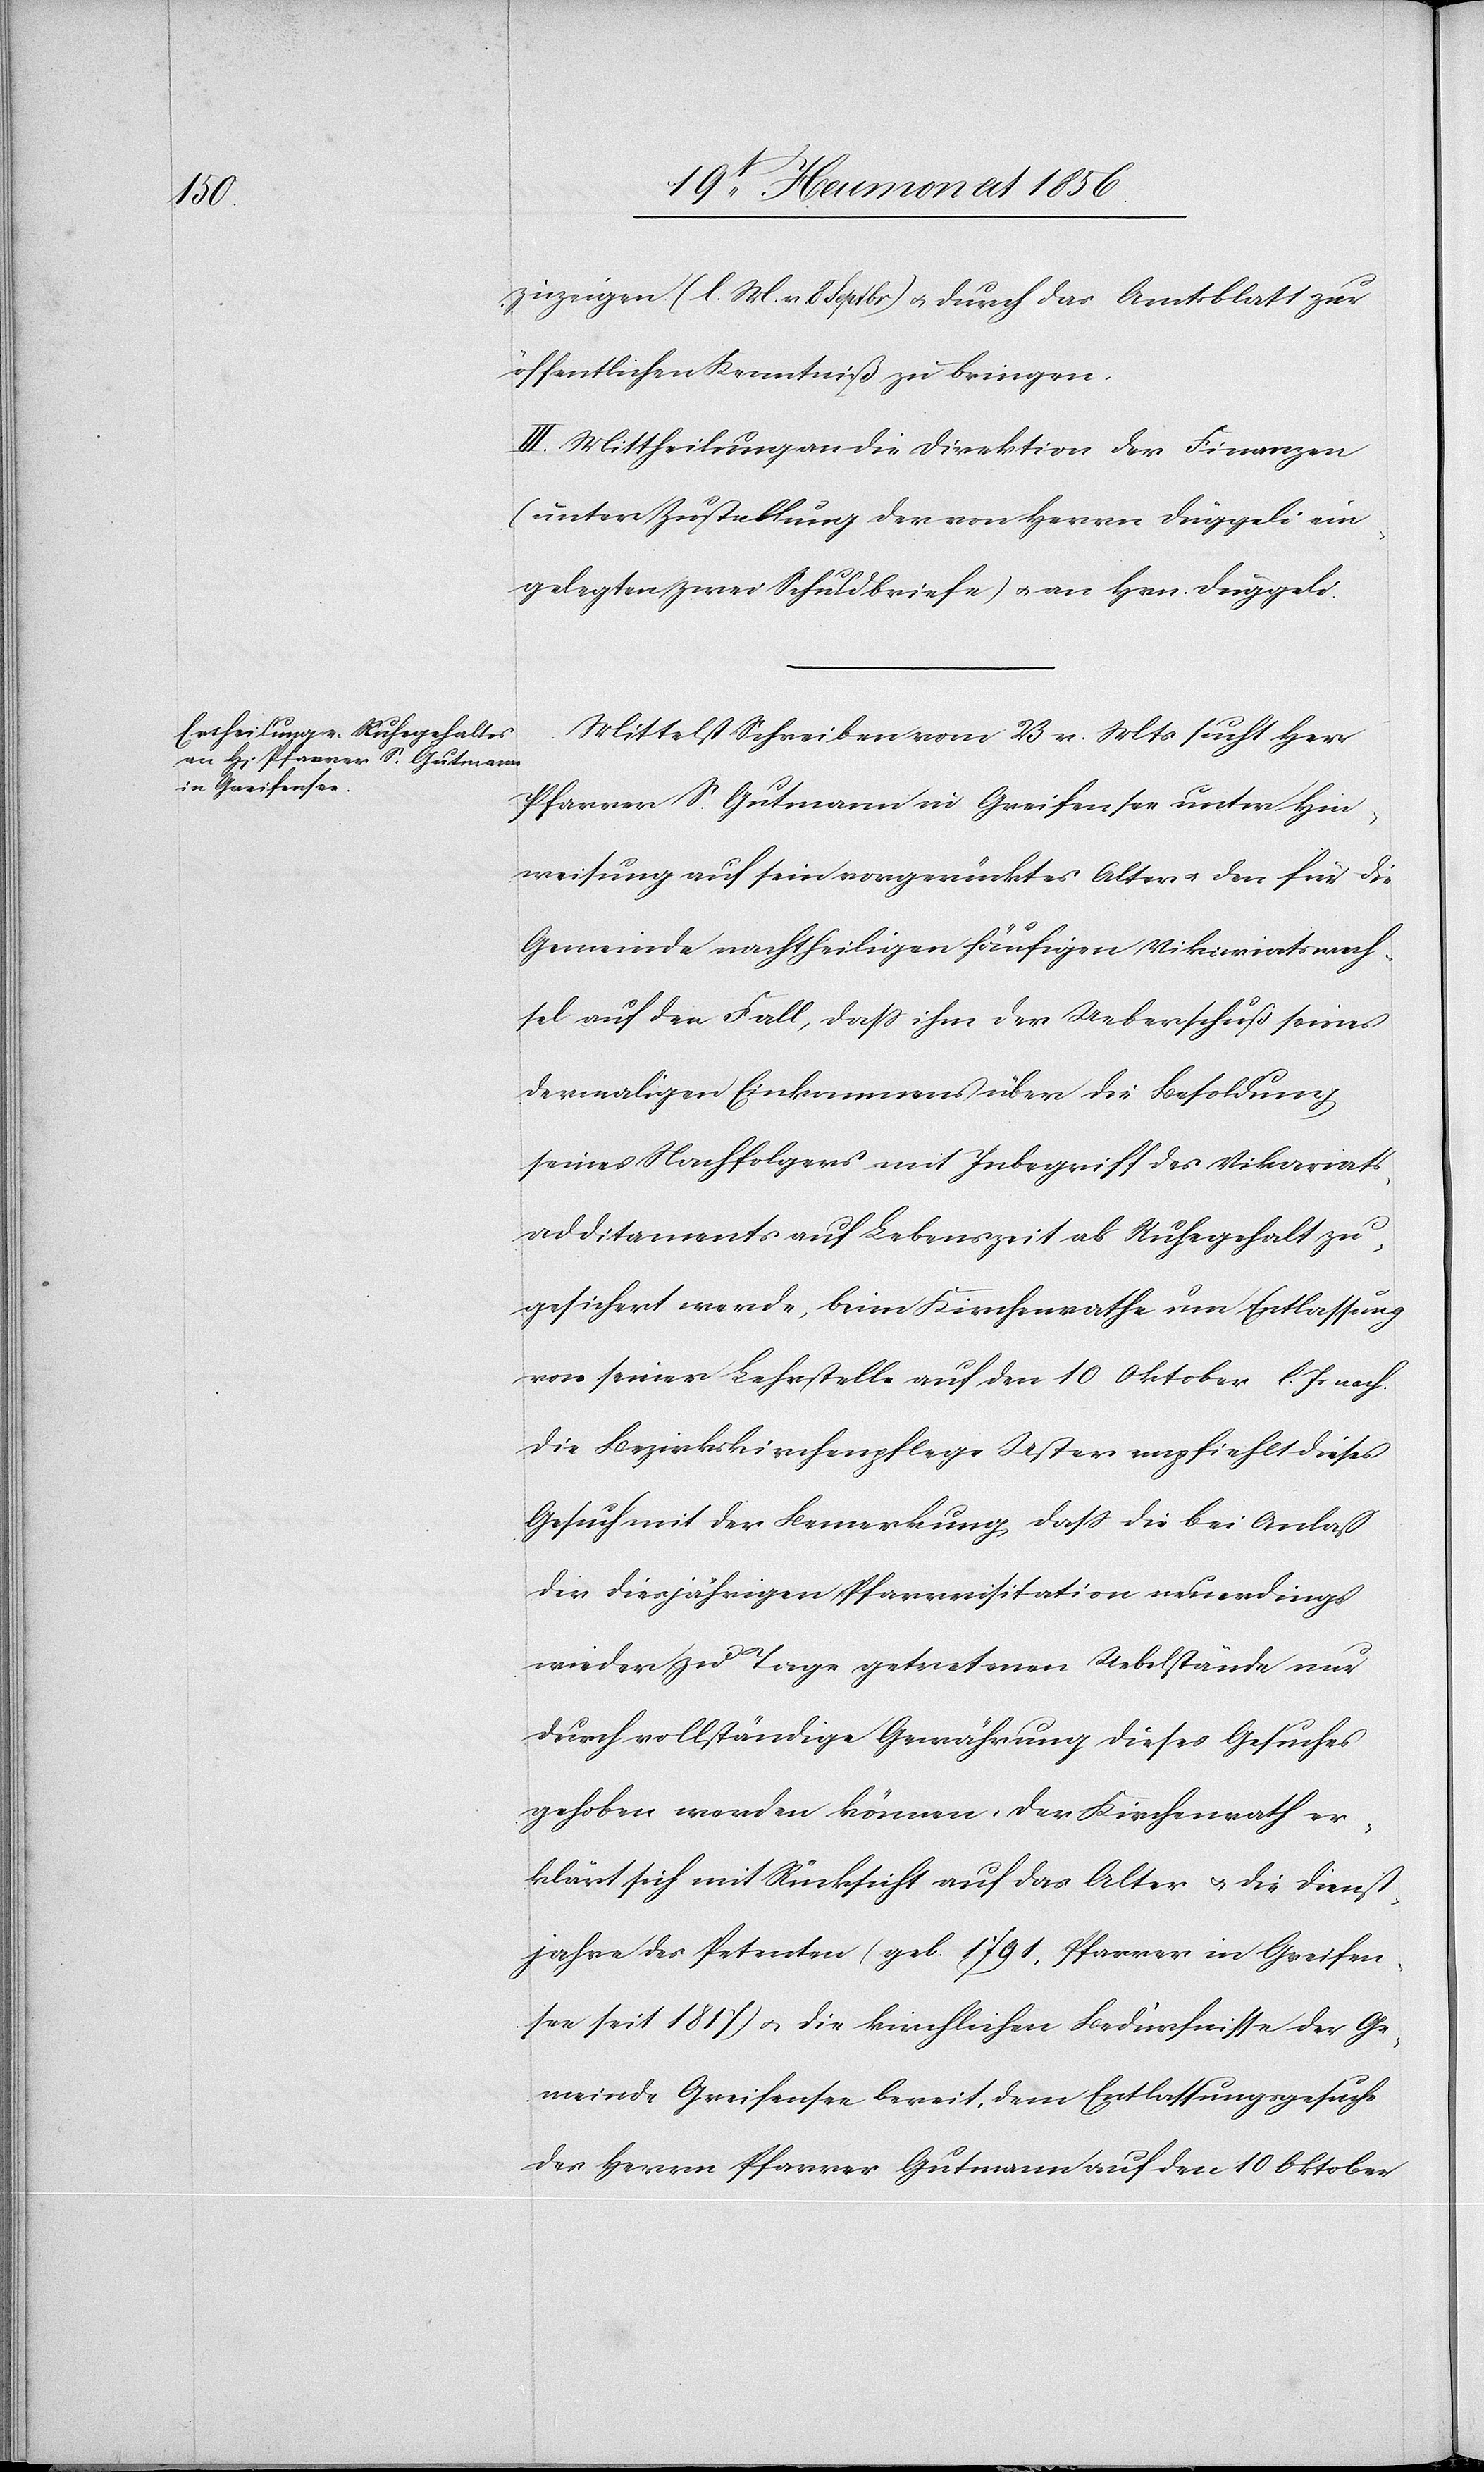
zuzeigen (l. M. v. 8 Septbr) u. durch das Amtsblatt zur
öffentlichen Kenntniß zu bringen.
III. Mittheilung an die Direktion der Finanzen
(unter Zustellung der von Herrn Düggeli ein¬
gelegten zwei Schuldbriefe) u. an Hrn. Düggeli.
Mittelst Schreiben vom 23 v. Mts sucht Herr
Pfarrer S. Gutmann in Greifensee unter Hin¬
weisung auf sein vorgerücktes Alter u. den für die
Gemeinde nachtheiligen häufigen Vikariatswech¬
sel auf den Fall, dass ihm der Ueberschuß seines
dermaligen Einkommens über die Besoldung
seines Nachfolgers mit Inbegriff des Vikariats¬
additaments auf Lebenszeit als Ruhegehalt zu¬
gesichert werde, beim Kirchenrathe um Entlassung
von seiner Lehrstelle auf den 10 Oktober l. Js nach.
Die Bezirkskirchenpflege Uster empfiehlt dieses
Gesuch mit der Bemerkung, dass die bei Anlaß
der diesjährigen Pfarrvisitation neuerdings
wieder zu Tage getretenen Uebelstände nur
durch vollständige Gewährung dieses Gesuches
gehoben worden können. Der Kirchenrath er¬
klärt sich mit Rücksicht auf das Alter u. die Dienst¬
jahre des Petenten (geb. 1791, Pfarrer in Greifen¬
see seit 1817) u. die kirchlichen Bedürfnisse der Ge¬
meinde Greifensee bereit, dem Entlassungsgesuche
des Herrn Pfarrer Gutmann auf den 10 Oktober